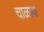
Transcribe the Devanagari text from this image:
चाळाया